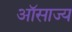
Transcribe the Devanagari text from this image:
ऑसाज्य